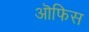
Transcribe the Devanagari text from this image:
ऒफिस